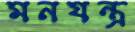
মনযন্ত্র